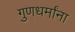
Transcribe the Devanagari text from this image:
गुणधर्मांना